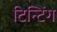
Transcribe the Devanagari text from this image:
टिन्टिंग